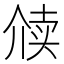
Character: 𬿋